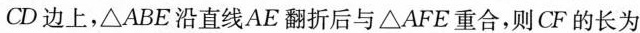
CD边上，△ABE沿直线AE翻折后与△AFE重合，则CF的长为